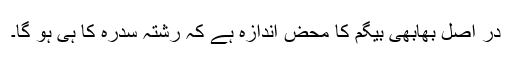
در اصل بھابھی بیگم کا محض اندازہ ہے کہ رشتہ سدرہ کا ہی ہو گا۔